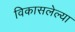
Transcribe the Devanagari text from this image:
विकासलेल्या